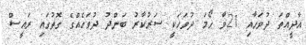
އާދީއްތަ ދުވަހާއި 21ވާ ހޯމަ ދުވަހަކީ ސަރުކާރު ބަންދު ދުވަހެއްގެ ގޮތުގައި ރައީސް